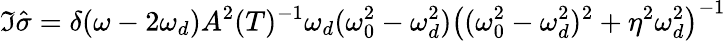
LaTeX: \Im\hat{\sigma}=\delta(\omega-2\omega_{d})A^{2}(T)^{-1}\omega_{d}(\omega_{0}^{2}-\omega_{d}^{2})\left((\omega_{0}^{2}-\omega_{d}^{2})^{2}+\eta^{2}\omega_{d}^{2}\right)^{-1}